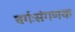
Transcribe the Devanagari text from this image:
वर्गःसंगणक